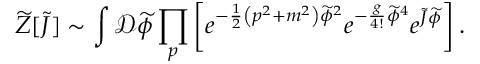
{ \widetilde { Z } } [ { \widetilde { J } } ] \sim \int { \mathcal { D } } { \widetilde { \phi } } \prod _ { p } \left[ e ^ { - { \frac { 1 } { 2 } } \left( p ^ { 2 } + m ^ { 2 } \right) { \widetilde { \phi } } ^ { 2 } } e ^ { - { \frac { g } { 4 ! } } { \widetilde { \phi } } ^ { 4 } } e ^ { { \widetilde { J } } { \widetilde { \phi } } } \right] .